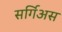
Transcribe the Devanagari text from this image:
सर्गिअस